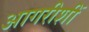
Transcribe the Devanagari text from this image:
आगरीशीं